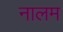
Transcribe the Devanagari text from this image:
नालम